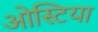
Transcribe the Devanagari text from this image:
ओस्टिया